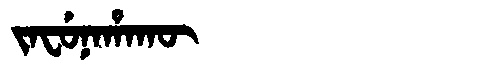
Manchu: ᠵᠠᠸᡠᠨᠠᡥᠠᡴᡡ
Romanization: JAFUNAHAKŪ